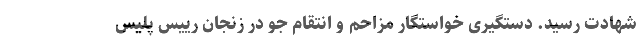
شهادت رسید. دستگیری خواستگار مزاحم و انتقام جو در زنجان رییس پلیس